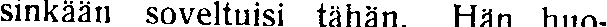
sinkään soveltuisi tähän. Hän huo-